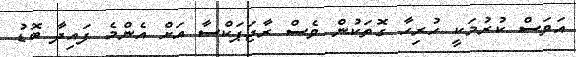
އަވަސް ކުރުމަކީ ހުރިހާ ގޮތަކުން ވެސް ރާޖަޕަކްސާ އަށް އެންމެ ފައިދާ ބޮޑު